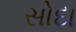
સોદા